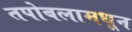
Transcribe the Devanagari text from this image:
तपोबलामधून